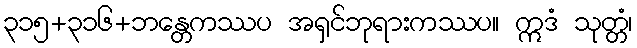
၃၁၅+၃၁၆+ဘန္တေကဿပ အရှင်ဘုရားကဿပ။ ဣဒံ သုတ္တံ၊